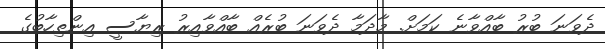
ދެވަނަ ބުރު ބާއްވާނެ ކަމަށް. މާދަމާ ދެވަނަ ބުރެއް ބާއްވާއިރު ރިޔާސީ އިންތިހާބުގެ